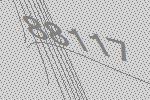
88117